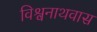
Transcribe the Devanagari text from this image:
विश्वनाथवास